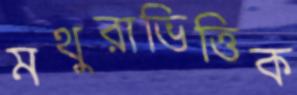
মথুরাভিত্তিক